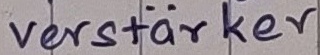
Text: verstärker